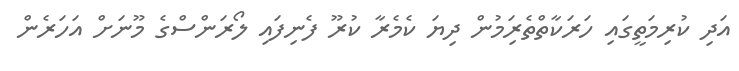
އަދި ކުރިމަތީގައި ހަރަކާތްތެރިަމުން ދިޔަ ކެމެރާ ކުރޫ ފެނިފައި ލޯރަންސްގެ މޫނަށް އަހަރެން